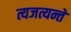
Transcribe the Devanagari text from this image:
त्यजत्यन्ते